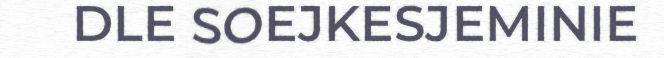
DLE SOEJKESJEMINIE